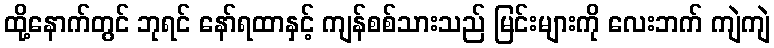
ထို့နောက်တွင် ဘုရင် နော်ရထာနှင့် ကျန်စစ်သားသည် မြင်းများကို လေးဘက် ကျဲကျဲ